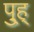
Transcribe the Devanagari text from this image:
पु्ह्